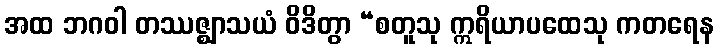
အထ ဘဂဝါ တဿဇ္ဈာသယံ ဝိဒိတွာ “စတူသု ဣရိယာပထေသု ကတရေန